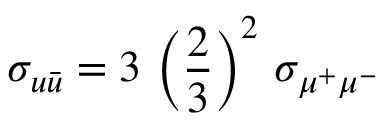
\sigma _ { u \bar { u } } = 3 \, \left( \frac { 2 } { 3 } \right) ^ { 2 } \, \sigma _ { \mu ^ { + } \mu ^ { - } }